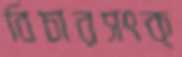
বিচারসংক্